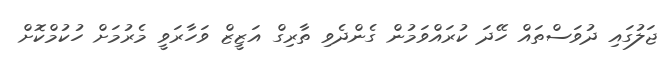
ޖަލުގައި ދުވަސްތައް ހޭދަ ކުރައްވަމުން ގެންދެވި ތާރިގް އަޒީޒް ވަހާރަވީ މެރުމަށް ހުކުމްކޮށް